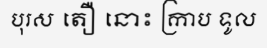
បុរស តឿ នោះ ក្រាប ទូល